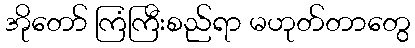
အိုတော် ကြံကြီးစည်ရာ မဟုတ်တာတွေ